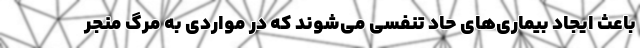
باعث ایجاد بیماری‌های حاد تنفسی می‌شوند که در مواردی به مرگ منجر